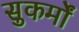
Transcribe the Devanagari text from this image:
सुकर्मों